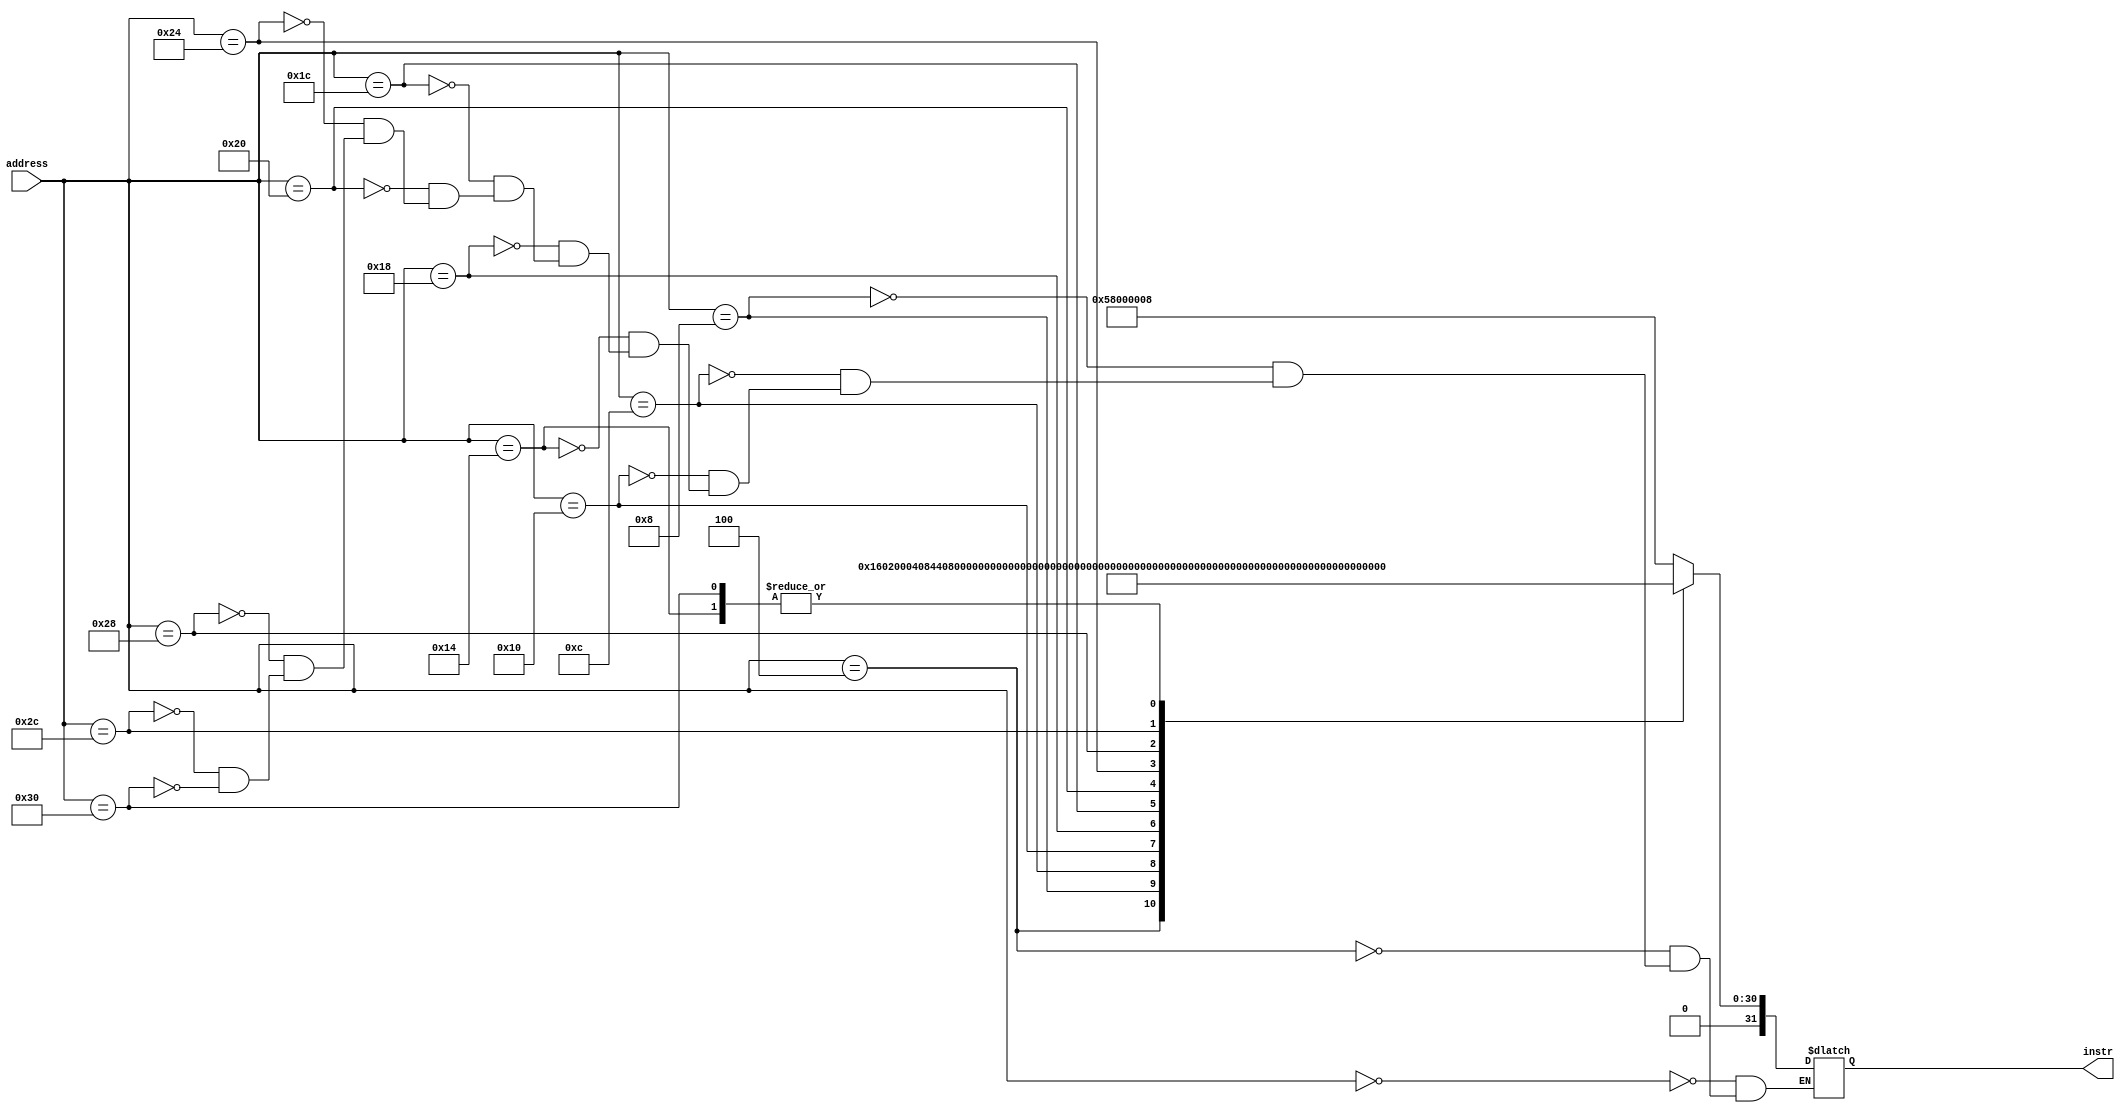
module instrMemory(instr, address);
    parameter T_rd = 20;
    parameter MemSize = 40;

    output reg [31:0] instr;
    input [31:0] address;

    always @(address) begin
       case(address)
        //load the program here
        /*
        32'd00 : begin
                 instr = 32'b01011000000000000000000000000000;
                         //movi r0, 0
                  $display("First line of code at %d", $time);
                  end
        32'd04 : begin
                 instr = 32'b01011000000010000000000000000011;
                         //mov r1, 3
                 $display("Second line of code at %d", $time);
                 end
        32'd08 : begin
                 instr = 32'b01000000000000001000000000000000;
                         //mov r1, r0 -> move r0 to r1
                 $display("Third line of code at %d", $time);
                 end
        32'd12 : begin
                 instr = 32'b00111000100000000000000000000000;
                         //nop
                 $display("Fourth line of code at %d", $time);
                 end
        32'd16 : begin
                 instr = 32'b00001000000000000000000000000010;
                         //addi r0, 2
                 $display("Fifth line of code at %d", $time);
                 end
        */

        /*
         32'd00 : instr = 32'b01011000000000000000000000000001;  //mov r0, 1
         32'd04 : instr = 32'b01011000000010000000000000000010;  //mov r1, 2
         32'd08 : begin
                  instr = 32'b00010000100100001000000000000000;  //sub r2, r1,r0
                  end
         32'd12 : instr = 32'b00100001000100000000000000000001;  //bpl r2, 1
         32'd16 : instr = 32'b01011000000000000000000000000001;  //mov r0,1
         32'd16 : instr = 32'b01011000000000000000000000000011;  //mov r0, 3
        */

        /*
         32'd00 : instr = 32'b01011000000000000000000000000001;  //mov r0, 1
         32'd04 : instr = 32'b01011000000010000000000000000010;  //mov r1, 2
         32'd08 : instr =
        */

        //GCD code

        32'd00 : begin
                 instr = 32'b01011000000000000000000000001000;
                         //movi r0, 8
                 $display("First line of code at %d", $time);
                 end
        32'd04 : begin
                 instr = 32'b01011000000010000000000000010000;
                         //mov r1, 16
                 $display("Second line of code at %d", $time);
                 end
        32'd08 : begin
                 instr = 32'b00010000100010000001000000000000;
                         //sub r2, r1, r0
                 $display("Third line of code at %d", $time);
                 end
        32'd12 : begin
                 instr = 32'b00100000100100000000000000000011;
                         //bmi 3
                 $display("Fourth line of code at %d", $time);
                 end
        32'd16 : begin
                 instr = 32'b01000000000010011000000000000000;
                         //mov r3, r1
                 $display("Fifth line of code at %d", $time);
                 end
        32'd20 : begin
                 instr = 32'b01000000000000001000000000000000;
                         //mov r1, r0
                 $display("Sixth line of code at %d", $time);
                 end
        32'd24 : begin
                 instr = 32'b01000000000110000000000000000000;
                         //mov r0, r3
                 $display("Seventh line of code at %d", $time);
                 end
        32'd28 : begin
                 instr = 32'b00100000000010000000000000000100;
                         //bz y 4
                 $display("Eigth line of code at %d", $time);
                 end
        32'd32 : begin
                 instr = 32'b01000000000000011000000000000000;
                         //mov r3, r0
                 $display("Ninth line of code at %d", $time);
                 end
        32'd36 : begin
                 instr = 32'b01000000000010000000000000000000;
                         //mov r0, r1
                 $display("Tenth line of code at %d", $time);
                 end
       32'd40 : begin
                 instr = 32'b00010000100110001000100000000000;
                         //sub r1, r3, r1
                 $display("11th line of code at %d", $time);
                 end
       32'd44 : begin
                 instr = 32'b00011000100000000000000000001010;
                         //b -10
                 $display("12th line of code at %d", $time);
                 end
       32'd48 : begin
                 instr = 32'b01000000000000001000000000000000;
                         //mov r1, r0
                 $display("End of code. Ans is x %d", $time);
                 end
       /*32'd52 : begin
                 instr = 32'b01000 0000 0000 0001 000000000000000;
                         //mov r1, r0
                 $display("End of code. Ans is x %d", $time);
                 end
       */
       /* Simple test for bz
       32'd00 : begin
                 instr = 32'b01011000000010000000000000000000;
                         //movi r1, 0
                  $display("First line of code at %d", $time);
                  end
        32'd04 : begin
                 instr = 32'b00100000000010000000000000000100;
                         //bz y 4
                 $display("Second line of code at %d", $time);
                 end
        32'd08 : begin
                 instr = 32'b00010000100010000001000000000000;
                         //sub r2, r1, r0
                 $display("Third line of code at %d", $time);
                 end
        32'd12 : begin
                 instr = 32'b00100000100100000000000000000011;
                         //bmi 3
                 $display("Fourth line of code at %d", $time);
                 end
        32'd16 : begin
                 instr = 32'b01000000000010011000000000000000;
                         //mov r3, r1
                 $display("Fifth line of code at %d", $time);
                 end
        32'd20 : begin
                 instr = 32'b01000000000000001000000000000000;
                         //mov r1, r0
                 $display("Sixth line of code at %d", $time);
                 end
        32'd24 : begin
                 instr = 32'b01000000000110000000000000000000;
                         //mov r0, r3
                 $display("Seventh line of code at %d", $time);
                 end
        32'd28 : begin
                 instr = 32'b01000000000110000000000000000000;
                         //mov r0, r3
                 $display("Eigth line of code at %d", $time);
                 end
        */
       endcase
    end

endmodule